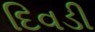
દિવડી